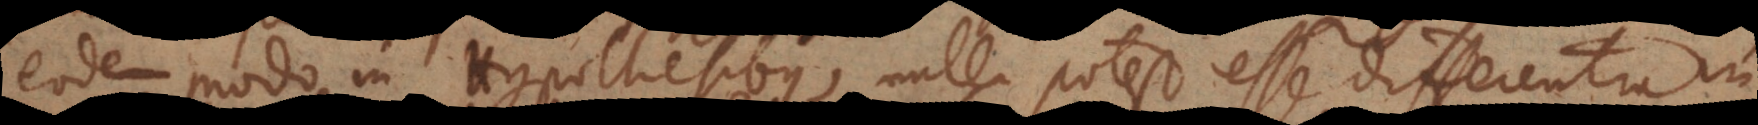
eodem modo in Hypothesibus, nulla potest esse differentia in